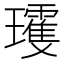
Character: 𱰀